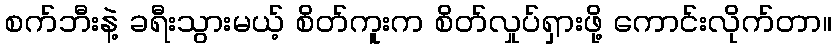
စက်ဘီးနဲ့ ခရီးသွားမယ့် စိတ်ကူးက စိတ်လှုပ်ရှားဖို့ ကောင်းလိုက်တာ။